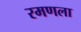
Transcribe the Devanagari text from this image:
रमणला